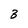
Character: 3